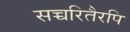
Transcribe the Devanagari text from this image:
सच्चरितैरपि